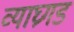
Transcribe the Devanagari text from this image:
व्याघ्रगड